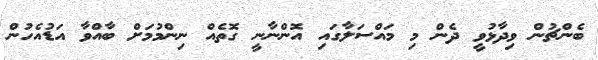
ބެންޗުން ވިދާޅުވީ ދެން މި މައްސަލާގައި އޮންނާނީ ގޮތެއް ނިންމުމަށް ބާއްވާ އަޑުއެހުން